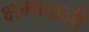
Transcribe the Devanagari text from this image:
क्षमावानी